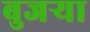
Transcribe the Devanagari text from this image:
बुजऱ्या